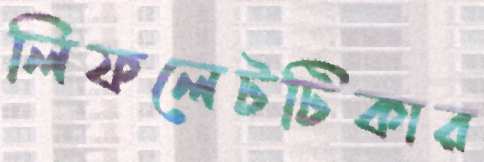
লিফলেটটিকার